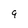
Character: 9